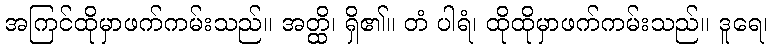
အကြင်ထိုမှာဖက်ကမ်းသည်။ အတ္ထိ၊ ရှိ၏။ တံ ပါရံ၊ ထိုထိုမှာဖက်ကမ်းသည်။ ဒူရေ၊